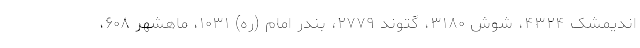
اندیمشک ۴۳۲۴، شوش ۳۱۸۰، گتوند ۲۷۷۹، بندر امام (ره) ۱۰۳۱، ماهشهر ۶۰۸،